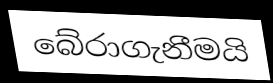
බේරාගැනීමයි